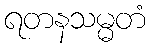
ရတနသမ္မတံ